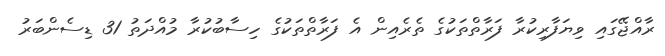
ރާއްޖޭގައި ވިޔަފާރިކުރާ ފަރާތްތަކުގެ ތެރެއިން އެ ފަރާތްތަކުގެ ހިސާބުކުރާ މުއްދަތު 31 ޑިސެންބަރު